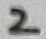
Text: 2